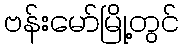
ဗန်းမော်မြို့တွင်